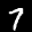
Label: 7